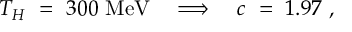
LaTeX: T _ { H } ~ = ~ 3 0 0 ~ \mathrm { M e V } ~ ~ ~ \Longrightarrow ~ ~ ~ c ~ = ~ 1 . 9 7 ~ ,